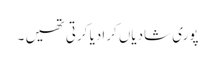
پوری شادیاں کرادیا کرتی تھیں ۔